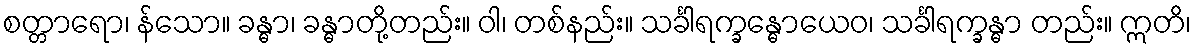
စတ္တာရော၊ န်သော။ ခန္ဓာ၊ ခန္ဓာတို့တည်း။ ဝါ၊ တစ်နည်း။ သင်္ခါရက္ခန္ဓောယေဝ၊ သင်္ခါရက္ခန္ဓာ တည်း။ ဣတိ၊